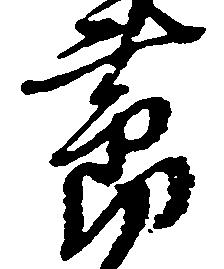
節